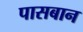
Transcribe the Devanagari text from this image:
पासबान